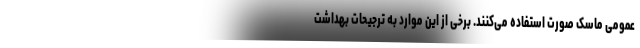
عمومی ماسک صورت استفاده می‌کنند. برخی از این موارد به ترجیحات بهداشت